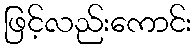
ဖြင့်လည်းကောင်း